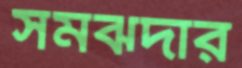
সমঝদার